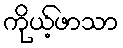
ကိုယ့်ဖာသာ